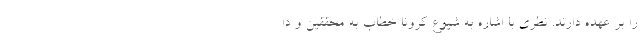
را بر عهده دارند. نظری با اشاره به شیوع کرونا خطاب به محققین و دا